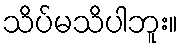
သိပ်မသိပါဘူး။